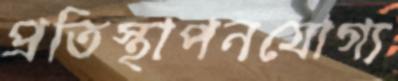
প্রতিস্থাপনযোগ্য